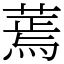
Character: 蔫